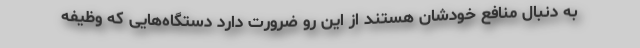
به دنبال منافع خودشان هستند از این رو ضرورت دارد دستگاه‌هایی که وظیفه